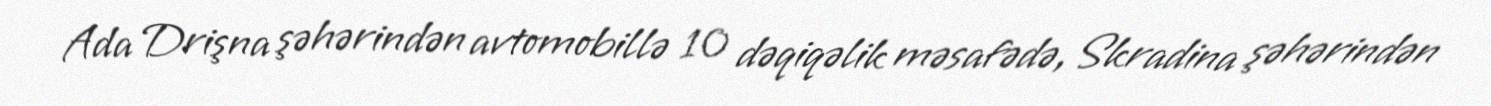
Ada Drişna şəhərindən avtomobillə 10 dəqiqəlik məsafədə, Skradina şəhərindən